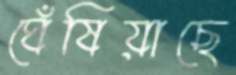
ঘেঁষিয়াছে